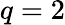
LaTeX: q=2